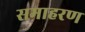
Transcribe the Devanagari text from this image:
समाहरण